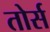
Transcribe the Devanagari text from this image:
तोर्स